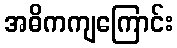
အဓိကကျကြောင်း